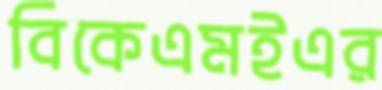
বিকেএমইএর